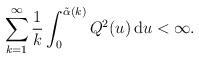
LaTeX: \begin{align*}\sum_{k=1}^{\infty}\frac{1}{k}\int_{0}^{\tilde{\alpha}(k)}Q^{2}(u)\,\mathrm{d}u<\infty.\end{align*}